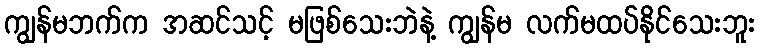
ကျွန်မဘက်က အဆင်သင့် မဖြစ်သေးဘဲနဲ့ ကျွန်မ လက်မထပ်နိုင်သေးဘူး